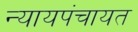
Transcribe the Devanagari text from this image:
न्यायपंचायत